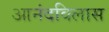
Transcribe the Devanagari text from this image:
आनंदविलास